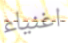
اغنياء